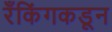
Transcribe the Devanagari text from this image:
रँकिंगकडून